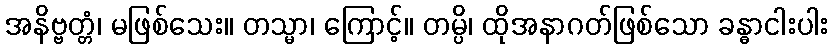
အနိဗ္ဗတ္တံ၊ မဖြစ်သေး။ တသ္မာ၊ ကြောင့်။ တမ္ပိ၊ ထိုအနာဂတ်ဖြစ်သော ခန္ဓာငါးပါး